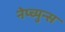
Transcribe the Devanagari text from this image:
नेप्च्युन्स